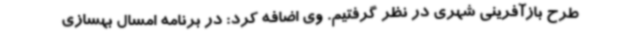
طرح بازآفرینی شهری در نظر گرفتیم. وی اضافه کرد: در برنامه امسال بهسازی